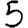
Digit: 5